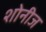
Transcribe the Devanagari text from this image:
शोनीज